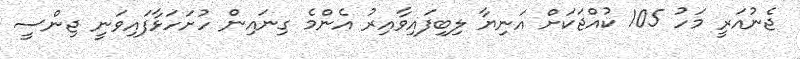
ޖެނުއަރީ މަހު 105 ކުއްޖަކަށް އަނިޔާ ލިބިފައިވާއިރު އެންމެ ގިނައިން ހުށަހަޅާފައިވަނީ ޖިންސީ